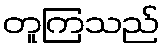
တူကြသည်